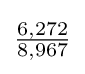
{\tfrac {6,272}{8,967}}